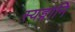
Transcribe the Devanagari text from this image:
स्यङ्गानि